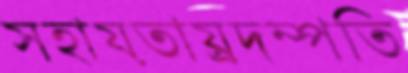
সহায়তায়্রদম্পতি